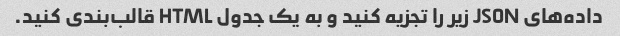
داده‌های JSON زیر را تجزیه کنید و به یک جدول HTML قالب‌بندی کنید.